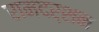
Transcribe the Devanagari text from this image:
रामदर्शन